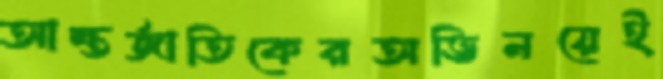
আন্তর্জাতিকেরঅভিনয়েই